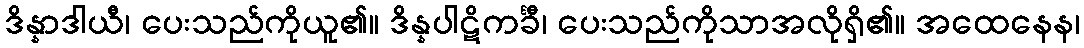
ဒိန္နာဒါယီ၊ ပေးသည်ကိုယူ၏။ ဒိန္နပါဋိကင်္ခီ၊ ပေးသည်ကိုသာအလိုရှိ၏။ အထေနေန၊